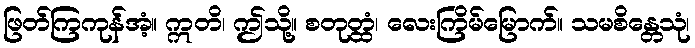
ဖြတ်ကြကုန်အံ့။ ဣတိ၊ ဤသို့။ စတုတ္ထံ၊ လေးကြိမ်မြောက်။ သမစိန္တေသုံ၊